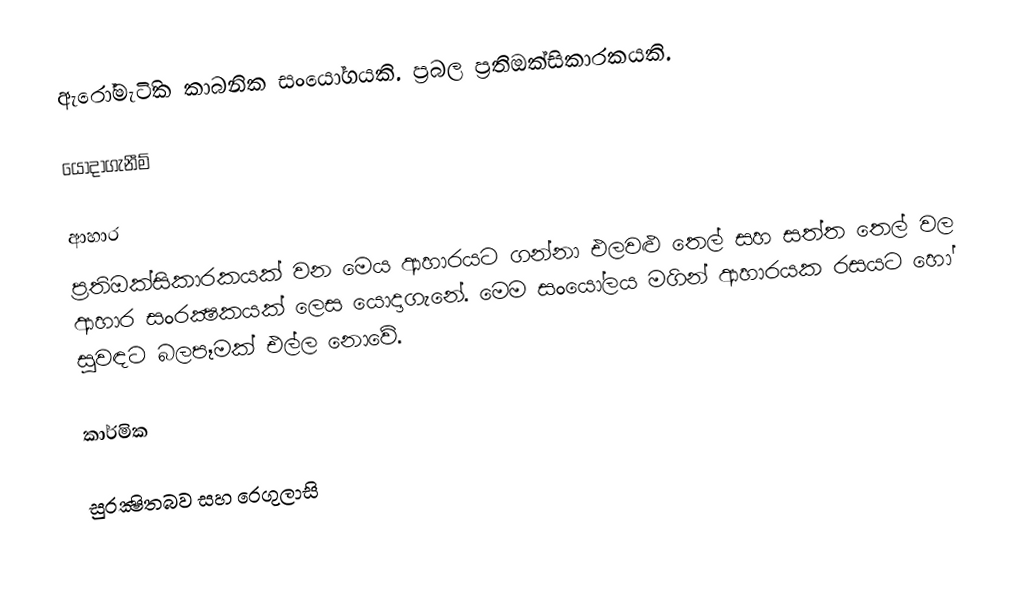
ඇරෝමැටිික කාබනික සංයෝගයකි. ප්‍රබල ප්‍රතිඔක්සිකාරකයකි.

යොදාගැනීම්

ආහාර
ප්‍රතිඔක්සිකාරකයක් වන මෙය ආහාරයට ගන්නා එලවළු තෙල් සහ සත්ත‍ තෙල් වල ආහාර සංරක්‍ෂකයක් ලෙස යොදාගැනේ. මෙම සංයෝලය මගින් ආහාරයක රසයට හෝ සුවඳට බලපෑමක් එල්ල නොවේ.

කාර්මික

සුරක්‍ෂිතබව සහ රෙගුලාසි